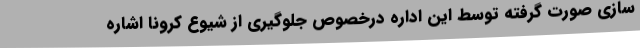
سازی صورت گرفته توسط این اداره درخصوص جلوگیری از شیوع کرونا اشاره